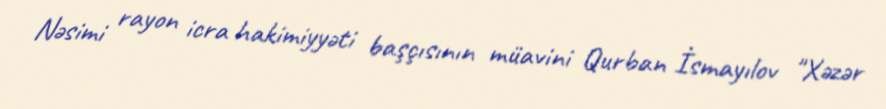
Nəsimi rayon icra hakimiyyəti başçısının müavini Qurban İsmayılov "Xəzər